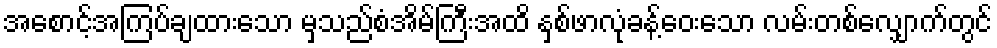
အစောင့်အကြပ်ချထားသော မှသည်စံအိမ်ကြီးအထိ နှစ်ဖာလုံခန့်ဝေးသော လမ်းတစ်လျှောက်တွင်